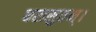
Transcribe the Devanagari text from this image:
धरासुतम्।